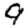
Digit: 9